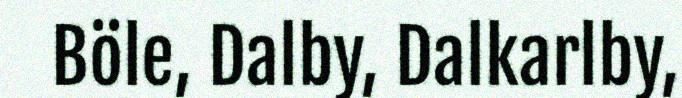
Böle, Dalby, Dalkarlby,